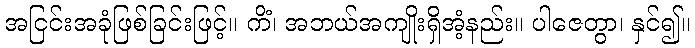
အငြင်းအခုံဖြစ်ခြင်းဖြင့်။ ကိံ၊ အဘယ်အကျိုးရှိအံ့နည်း။ ပါဇေတွာ၊ နှင်၍။